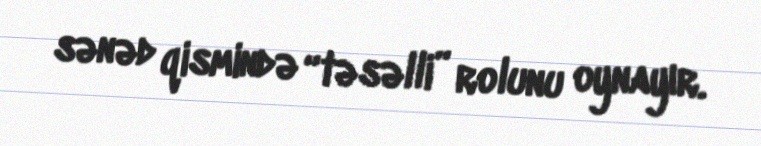
sənəd qismində “təsəlli” rolunu oynayır.